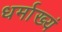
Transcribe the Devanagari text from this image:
धर्माख्यं